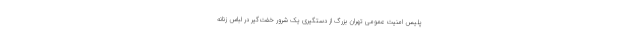
پلیس امنیت عمومی تهران بزرگ از دستگیری یک شرور خفت‌گیر در لباس زنانه